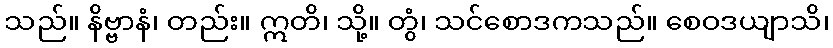
သည်။ နိဗ္ဗာနံ၊ တည်း။ ဣတိ၊ သို့။ တွံ၊ သင်စောဒကသည်။ စေဝဒယျာသိ၊